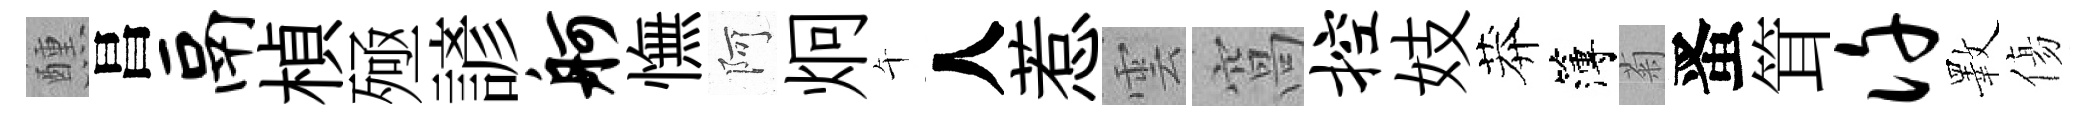
醺昌鬲楨殛諺舸憮阿炯午人惹雲窩控妓莽簿菊󱉠䇯许斁傷